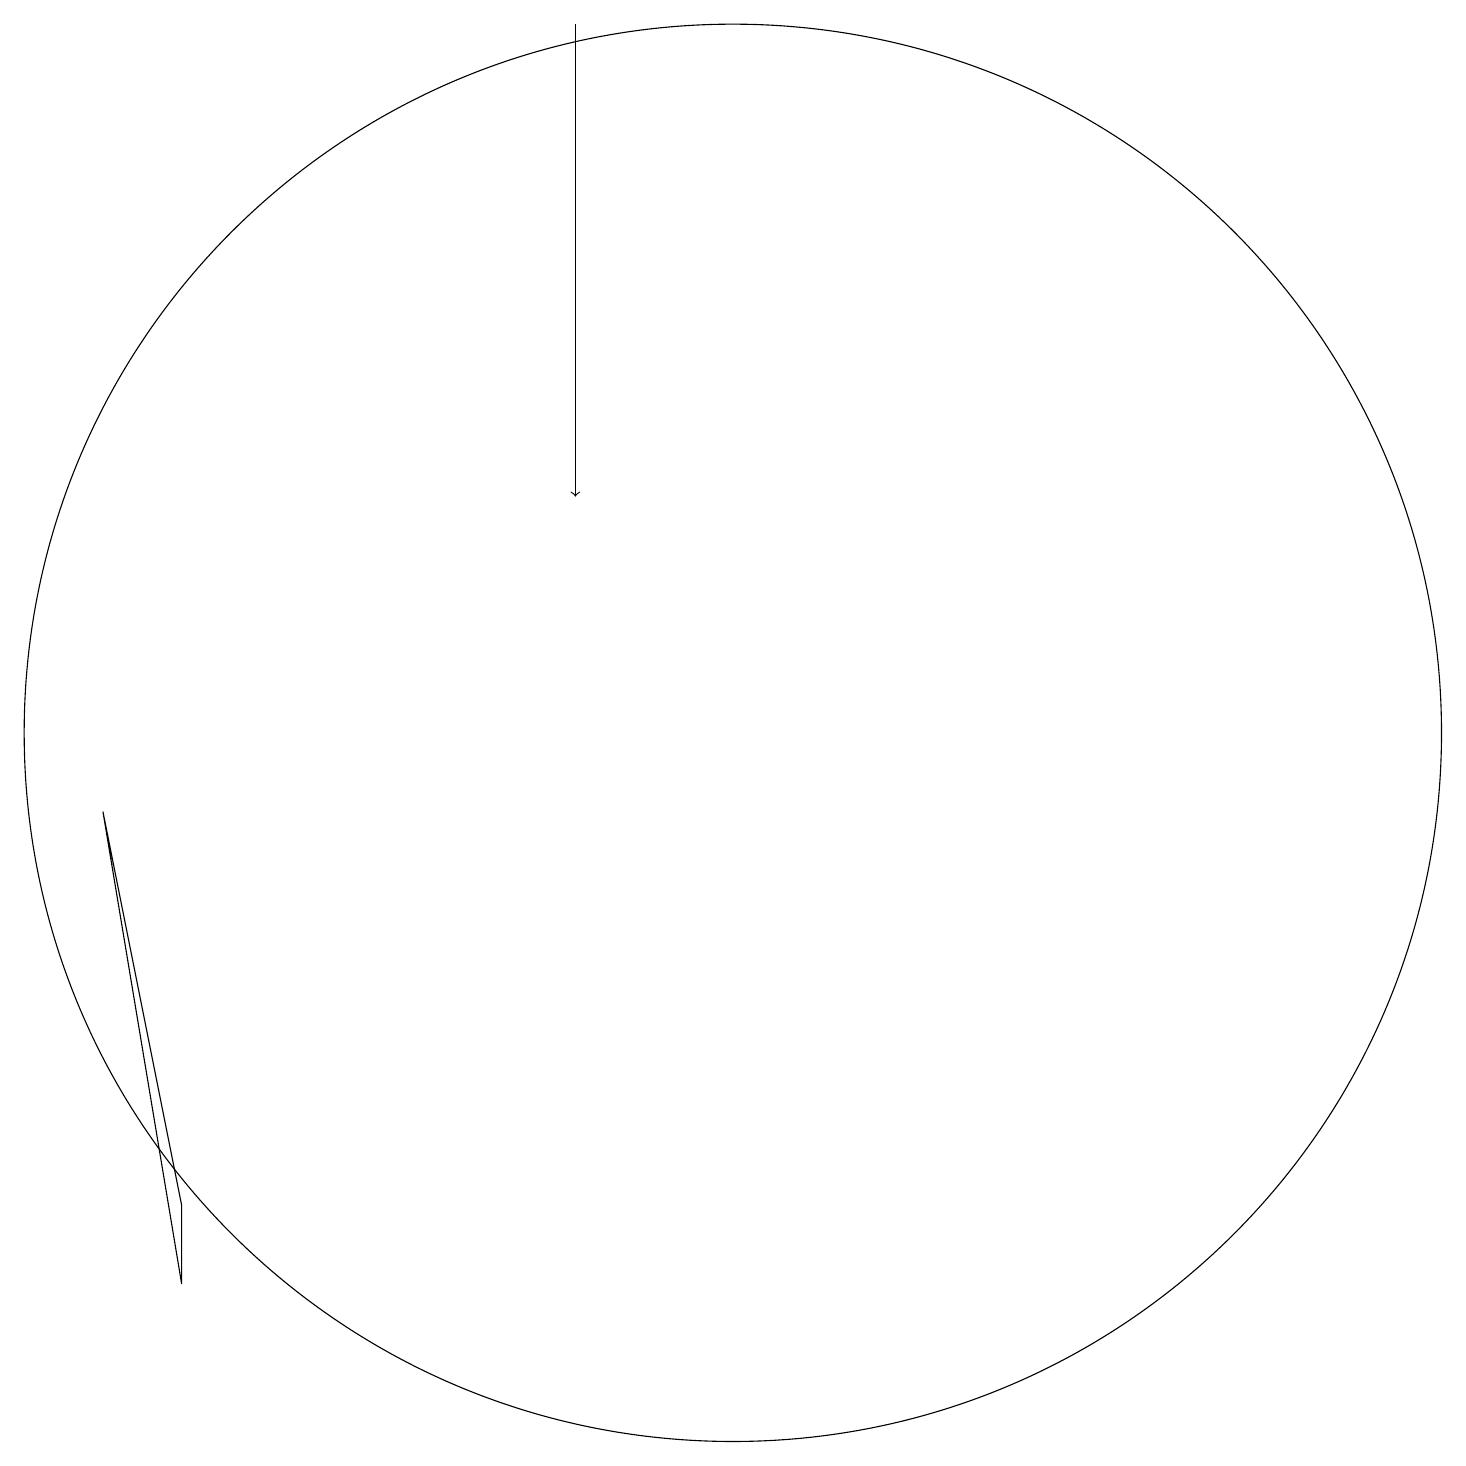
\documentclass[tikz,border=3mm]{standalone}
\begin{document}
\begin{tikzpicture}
\draw (4,4) -- (3,9) -- (4,3) -- cycle;
\draw (11,10) circle (9);
\draw[->] (9,19) -- (9,13);
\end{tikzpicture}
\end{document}